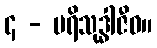
၄ - ပရိသုဒ္ဓါဇီဝ။